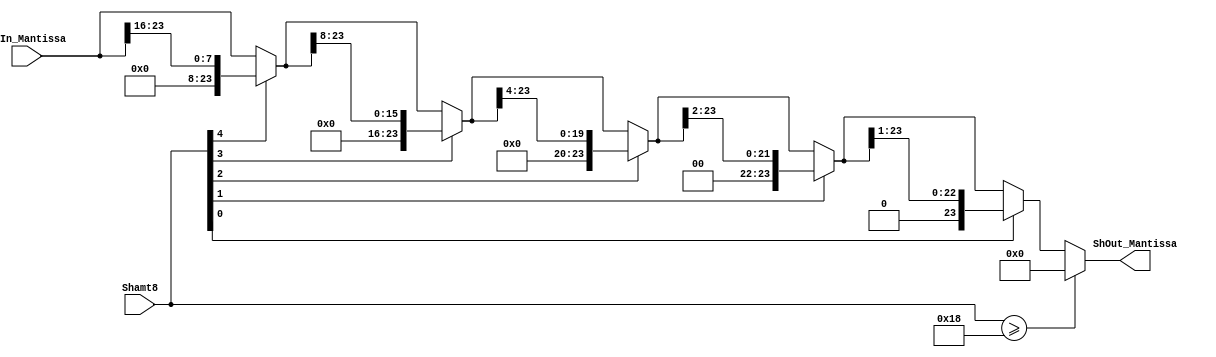
`timescale 1ns / 1ps
module Shifter_add(
    input [7:0] Shamt8,
    input [23:0] ShIn_Mantissa,
    
    output [23:0] ShOut_Mantissa
    );

wire [23:0] ShOutLSRA;
wire [23:0] ShOutLSRB;
wire [23:0] ShOutLSRC;
wire [23:0] ShOutLSRD;
wire [23:0] ShOutLSR;
assign ShOutLSRA = (Shamt8[4]==1)?{{16{1'b0}},ShIn_Mantissa[23:16]}:ShIn_Mantissa;
assign ShOutLSRB = (Shamt8[3]==1)?{{8{1'b0}},ShOutLSRA[23:8]}:ShOutLSRA;
assign ShOutLSRC = (Shamt8[2]==1)?{{4{1'b0}},ShOutLSRB[23:4]}:ShOutLSRB;
assign ShOutLSRD = (Shamt8[1]==1)?{{2{1'b0}},ShOutLSRC[23:2]}:ShOutLSRC;
assign ShOutLSR  = (Shamt8[0]==1)?{{1{1'b0}},ShOutLSRD[23:1]}:ShOutLSRD;
assign ShOut_Mantissa = (Shamt8 >= 8'd24) ? 24'd0:ShOutLSR;
endmodule